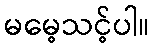
မမေ့သင့်ပါ။